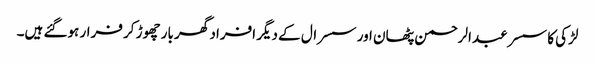
لڑکی کا سسر عبدالرحمن پٹھان اور سسرال کے دیگر افراد گھر بار چھوڑ کر فرار ہوگئے ہیں۔